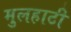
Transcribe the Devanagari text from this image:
मुलहाटी